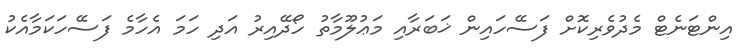
އިންޓަނެޓް މެދުވެރިކޮށް ފަސޭހައިން ޚަބަރާއި މަޢުލޫމާތު ހޯދޭއިރު އަދި ހަމަ އެހާމެ ފަސޭހަކަމާއެކު